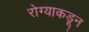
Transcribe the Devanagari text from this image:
रोग्याकडून